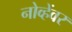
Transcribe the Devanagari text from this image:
नोव्हेंवर